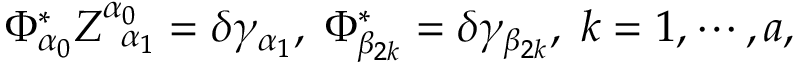
\Phi _ { \alpha _ { 0 } } ^ { * } Z _ { \; \; \alpha _ { 1 } } ^ { \alpha _ { 0 } } = \delta \gamma _ { \alpha _ { 1 } } , \; \Phi _ { \beta _ { 2 k } } ^ { * } = \delta \gamma _ { \beta _ { 2 k } } , \; k = 1 , \cdots , a ,